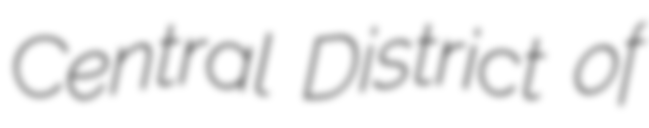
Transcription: Central District of